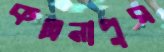
কল্পনাপুর